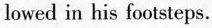
lowed in his footsteps.